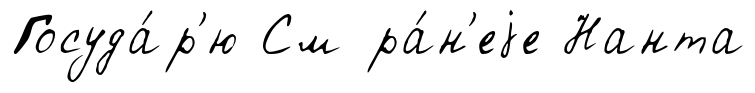
Госуда́р'ю См ра́н'еjе Нанта